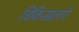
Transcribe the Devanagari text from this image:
चिकित्सालाएँ